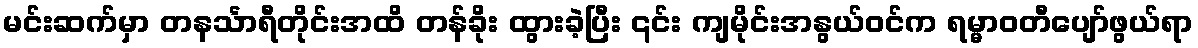
မင်းဆက်မှာ တနင်္သာရီတိုင်းအထိ တန်ခိုး ထွားခဲ့ပြီး ၎င်း ကျမိုင်းအနွယ်ဝင်က ရမ္မာဝတီပျော်ဖွယ်ရာ